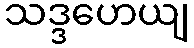
သဒ္ဒဟေယျ